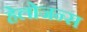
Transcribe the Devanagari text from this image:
हेलोजन्स